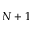
N + 1